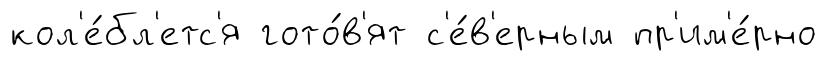
кол'е́бл'етс'я гото́в'ят с'е́в'ерным пр'им'е́рно